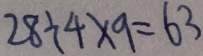
2 8 \div 4 \times 9 = 6 3